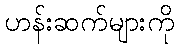
ဟန်းဆက်များကို